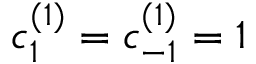
c _ { 1 } ^ { ( 1 ) } = c _ { - 1 } ^ { ( 1 ) } = 1